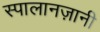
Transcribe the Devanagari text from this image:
स्पालानज़ानी